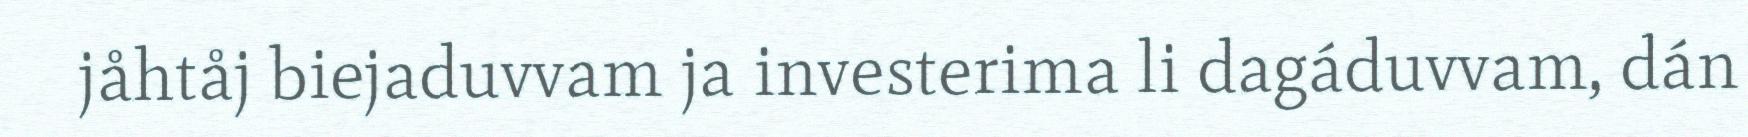
jåhtåj biejaduvvam ja investerima li dagáduvvam, dán